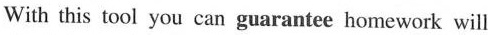
With this tool you can guaranteehomework will